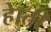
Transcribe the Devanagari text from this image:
हेाती